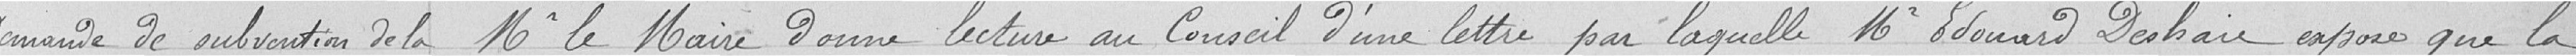
Demande de subvention de la          M. le Maire donne lecture au Conseil d'une lettre par laquelle M. Edouard Deshaie expose que la